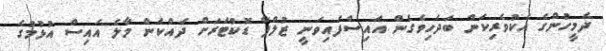
ދެމީހުންގެ އެކުވެރިކަން ބަދަހިވެގެން އައިސްފައިވަނީ ޒުލްފާ ޑޮކްޓަރަށް ދައްކަން މާލެ އައިސް އުޅުމުގެ